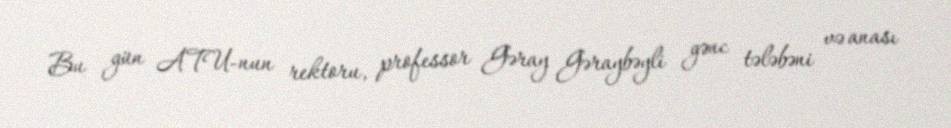
Bu gün ATU-nun rektoru, professor Gəray Gəraybəyli gənc tələbəni və anası